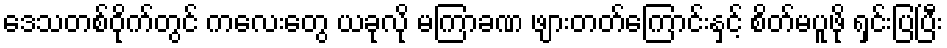
ဒေသတစ်ဝိုက်တွင် ကလေးတွေ ယခုလို မကြာခဏ ဖျားတတ်ကြောင်းနှင့် စိတ်မပူဖို ရှင်းပြပြီး